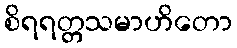
စိရရတ္တသမာဟိတော